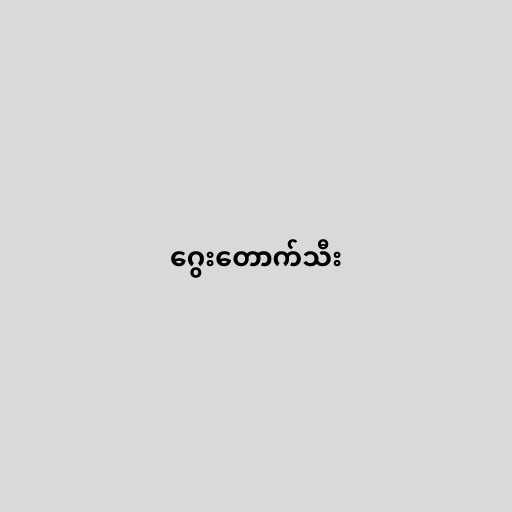
ဂွေးတောက်သီး